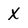
Character: X